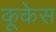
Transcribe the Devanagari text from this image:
कूकेस